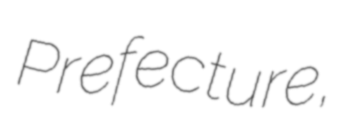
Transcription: Prefecture,